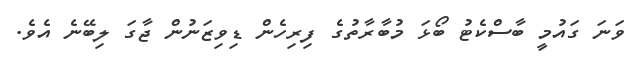
ވަނަ ގައުމީ ބާސްކެޓު ބޯޅަ މުބާރާތުގެ ފިރިހެން ޑިވިޒަނުން ޖާގަ ލިބޭނެ އެވެ.